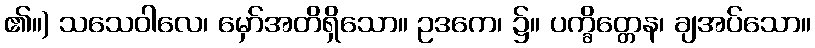
၏။) သသေဝါလေ၊ မှော်အတိရှိသော။ ဥဒကေ၊ ၌။ ပက္ခိတ္တေန၊ ချအပ်သော။